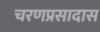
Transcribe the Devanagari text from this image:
चरणप्रसादास